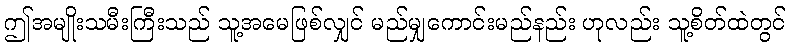
ဤအမျိုးသမီးကြီးသည် သူ့အမေဖြစ်လျှင် မည်မျှကောင်းမည်နည်း ဟုလည်း သူ့စိတ်ထဲတွင်